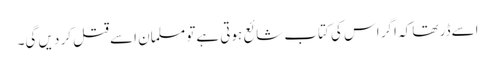
اسےڈر تھا کہ اگر اس کی کتاب شائع ہوتی ہےتو مسلمان اسےقتل کر دیں گی۔